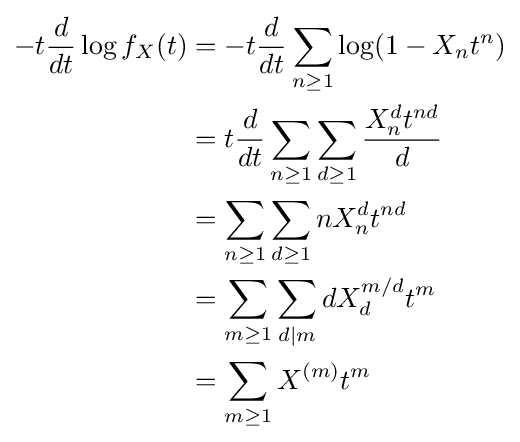
{\begin{aligned}-t{\frac {d}{dt}}\log f_{X}(t)&=-t{\frac {d}{dt}}\sum _{n\geq 1}\log(1-X_{n}t^{n})\\&=t{\frac {d}{dt}}\sum _{n\geq 1}\sum _{d\geq 1}{\frac {X_{n}^{d}t^{nd}}{d}}\\&=\sum _{n\geq 1}\sum _{d\geq 1}nX_{n}^{d}t^{nd}\\&=\sum _{m\geq 1}\sum _{d|m}dX_{d}^{m/d}t^{m}\\&=\sum _{m\geq 1}X^{(m)}t^{m}\end{aligned}}